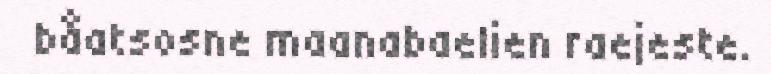
båatsosne maanabaelien raejeste.